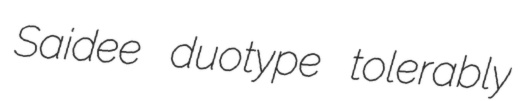
Saidee duotype tolerably